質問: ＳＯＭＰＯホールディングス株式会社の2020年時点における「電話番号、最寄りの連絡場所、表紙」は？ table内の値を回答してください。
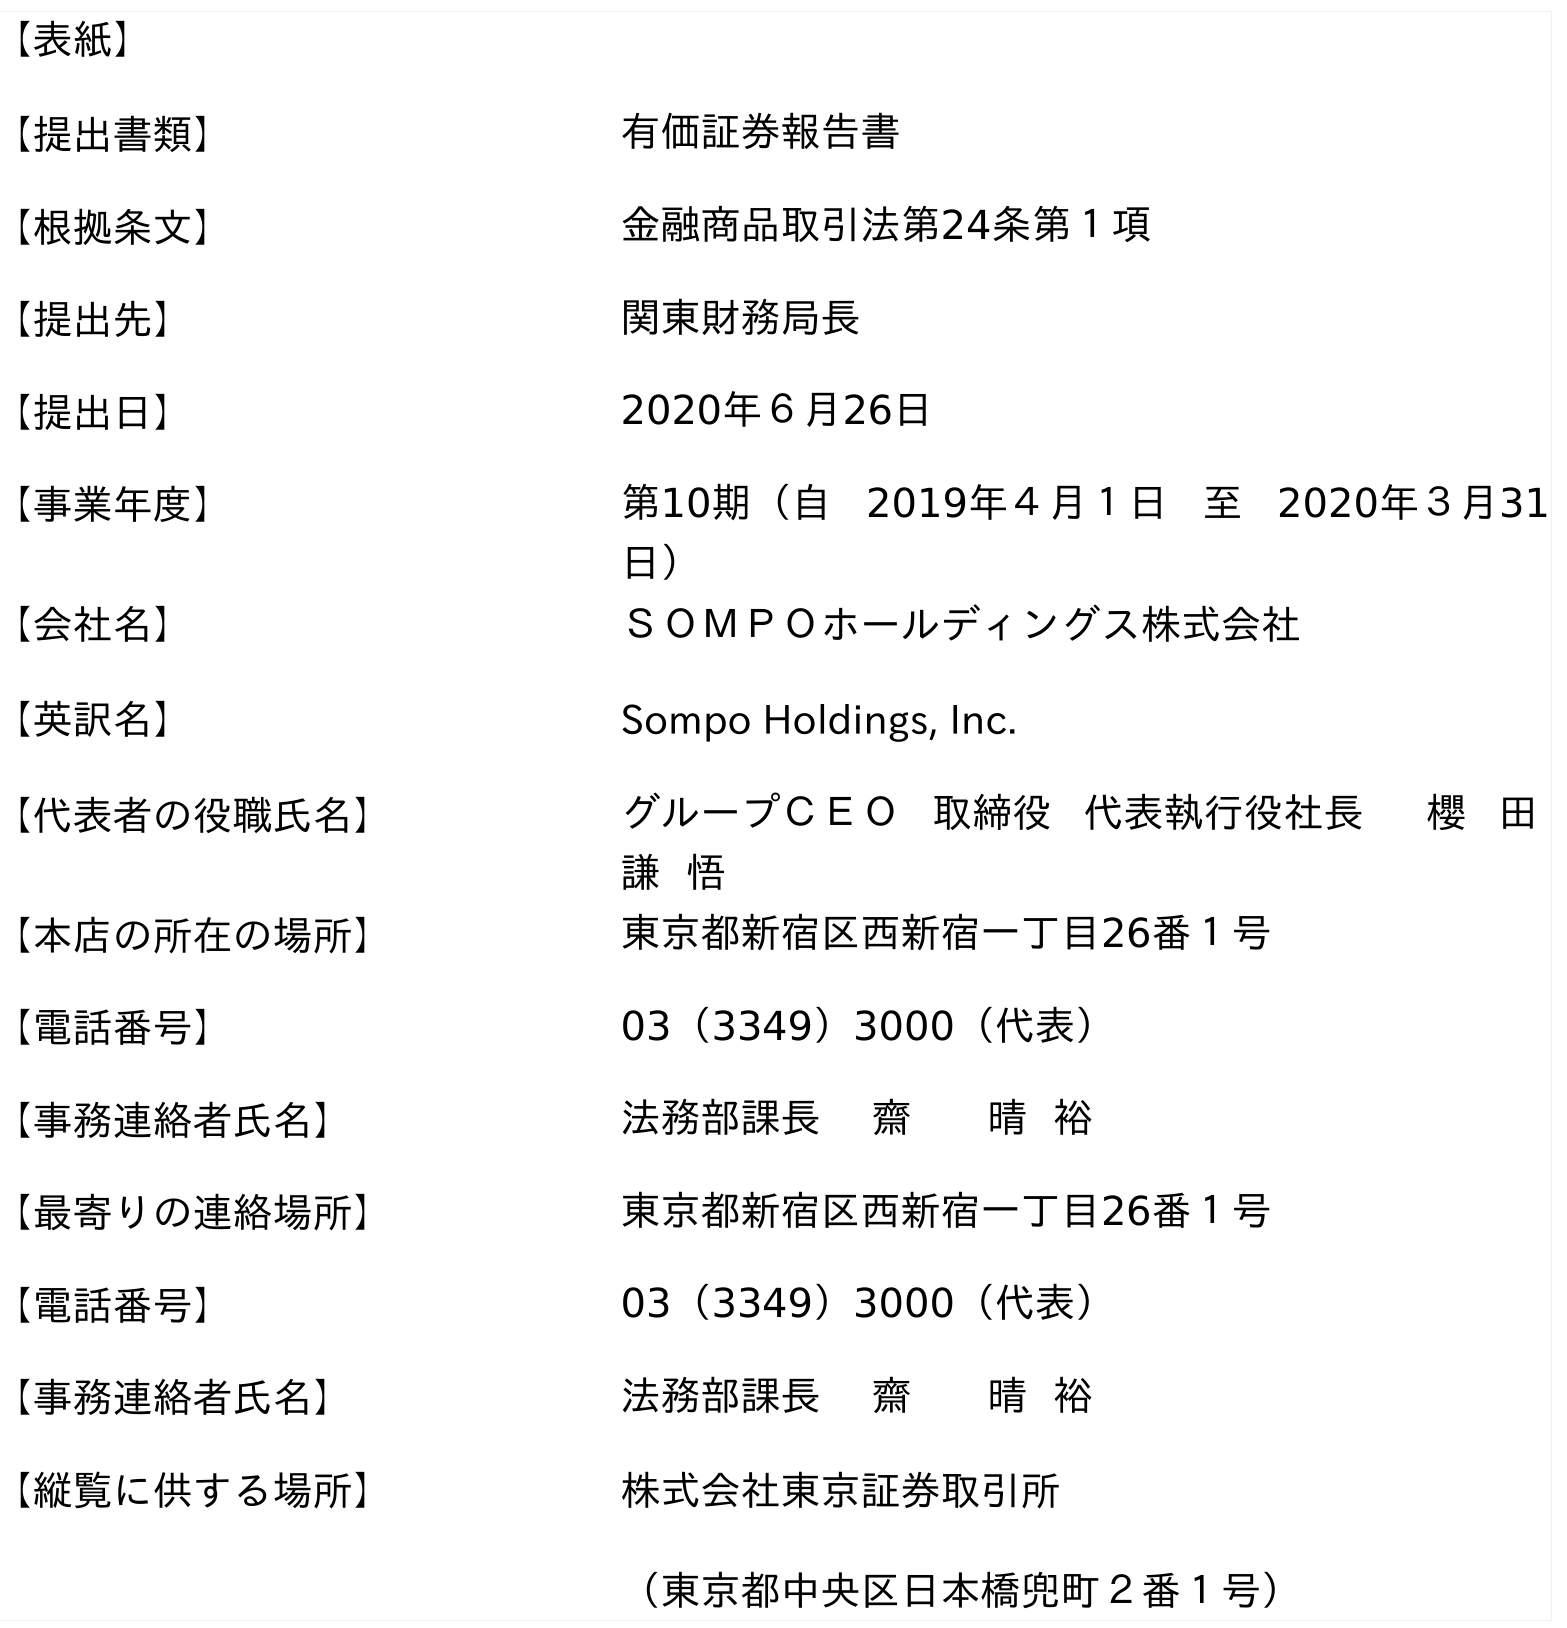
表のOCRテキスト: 【表紙】 【提出書類】 有価証券報告書 【根拠条文】 金融商品取引法第24条第１項 【提出先】 関東財務局長 【提出日】 2020年６月26日 【事業年度】 第10期（自 2019年４月１日 至 2020年３月31 日） 【会社名】 ＳＯＭＰＯホールディングス株式会社 【英訳名】 Sompo Holdings, Inc. 【代表者の役職氏名】 グループＣＥＯ 取締役 代表執行役社長 櫻 田 謙 悟 【本店の所在の場所】 東京都新宿区西新宿一丁目26番１号 【電話番号】 03（3349）3000（代表） 【事務連絡者氏名】 法務部課長 齋 晴 裕 【最寄りの連絡場所】 東京都新宿区西新宿一丁目26番１号 【電話番号】 03（3349）3000（代表） 【事務連絡者氏名】 法務部課長 齋 晴 裕 【縦覧に供する場所】 株式会社東京証券取引所 （東京都中央区日本橋兜町２番１号）
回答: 03（3349）3000（代表）